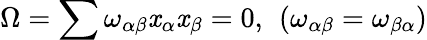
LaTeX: \Omega=\sum\omega_{\alpha\beta}\mathit{x}_{\alpha}\mathit{x}_{\beta}=0,\ \left(\omega_{\alpha\beta}=\omega_{\beta\alpha}\right)